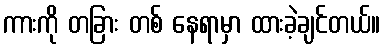
ကားကို တခြား တစ် နေရာမှာ ထားခဲ့ချင်တယ်။